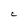
Character: C